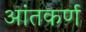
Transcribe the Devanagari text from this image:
आंतकर्ण